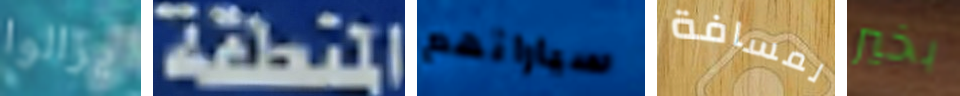
يزالوا المنطقة سياراتهم لمسافة بخير